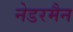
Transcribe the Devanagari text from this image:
नेडरमैन